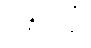
ဒန္တကူဋံ